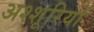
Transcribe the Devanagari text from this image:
अश्शूरियों